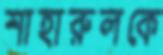
শাহারুলকে